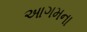
આગમના